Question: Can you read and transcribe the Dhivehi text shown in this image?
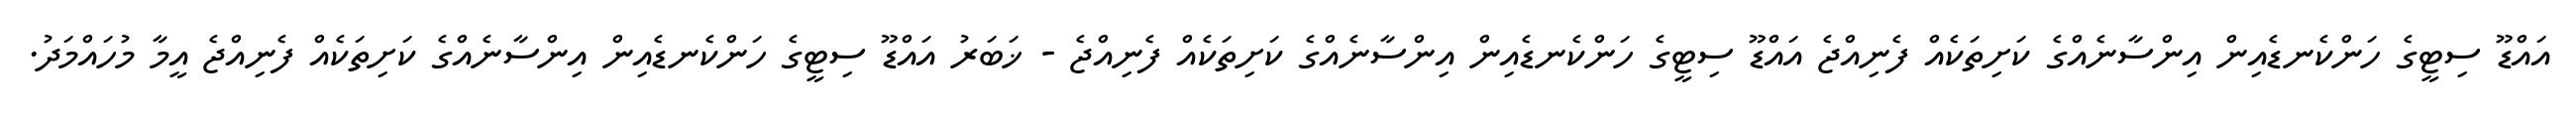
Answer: އައްޑޫ ސިޓީގެ ހަންކެނޑެއިން އިންސާނެއްގެ ކަށިތަކެއް ފެނިއްޖެ އައްޑޫ ސިޓީގެ ހަންކެނޑެއިން އިންސާނެއްގެ ކަށިތަކެއް ފެނިއްޖެ - ޚަބަރު އައްޑޫ ސިޓީގެ ހަންކެނޑެއިން އިންސާނެއްގެ ކަށިތަކެއް ފެނިއްޖެ އީމާ މުހައްމަދު.